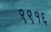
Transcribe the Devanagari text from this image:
९९१६